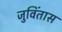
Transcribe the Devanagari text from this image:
जुविंतास